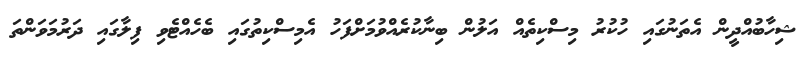
ޝިހާބުއްދީން އެތަނުގައި ހުކުރު މިސްކިތެއް އަލުން ބިނާކުރެއްވުމަށްފަހު އެމިސްކިތުގައި ބެހެއްޓެވި ފިލާގައި ދަރުމަވަންތަ